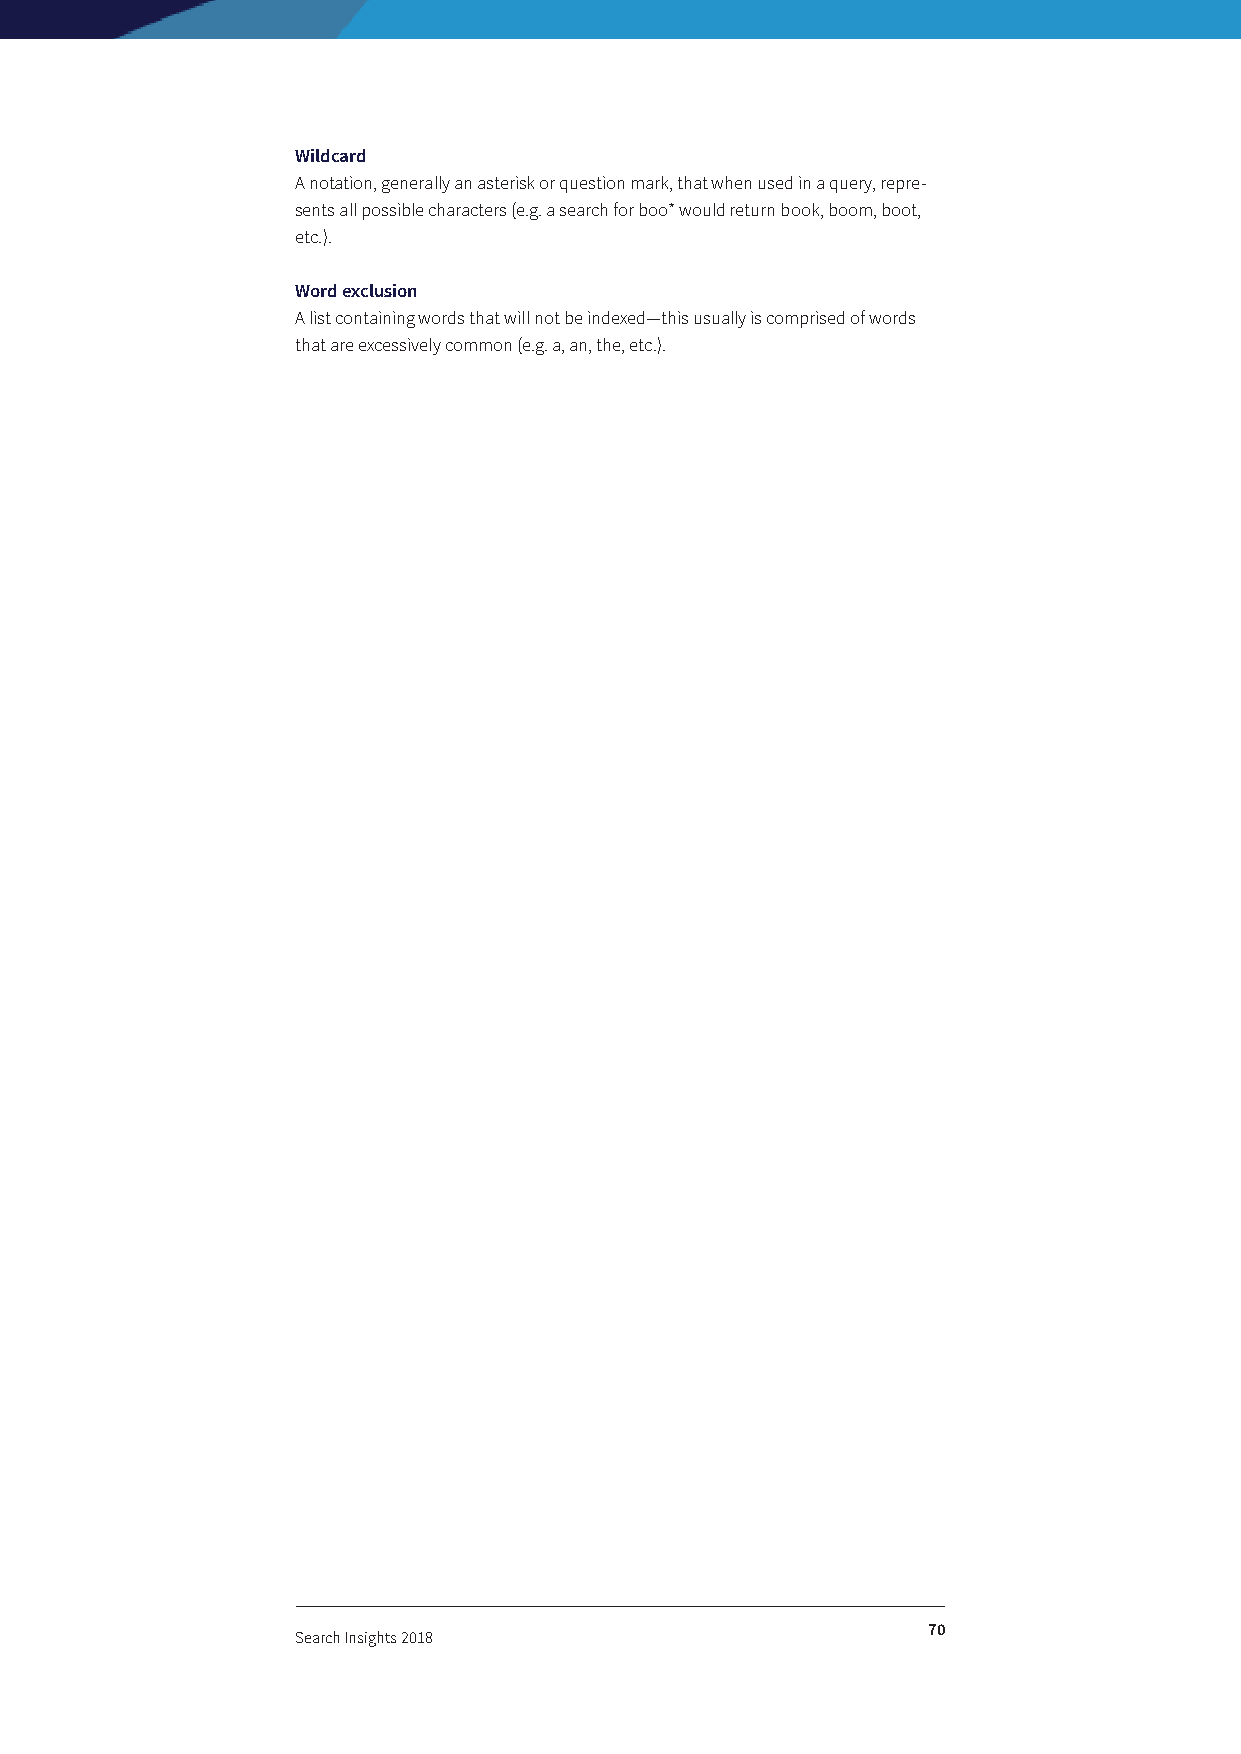
Wildcard
 A notation, generally an asterisk or question mark, that when used in a query, repre-
 sents all possible characters (e.g. a search for boo* would return book, boom, boot,
 etc.).
 Word exclusion
 A list containing words that will not be indexed—this usually is comprised of words
 that are excessively common (e.g. a, an, the, etc.).
 70
 Search Insights 2018